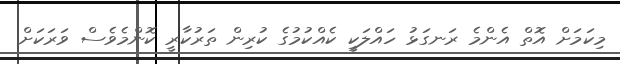
މިކަމަށް އޮތް އެންމެ ރަނގަޅު ހައްލަކީ ކެއްކުމުގެ ކުރިން ތަރުކާރީ ކޮންމެވެސް ވަރަކަށް